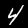
Digit: 4